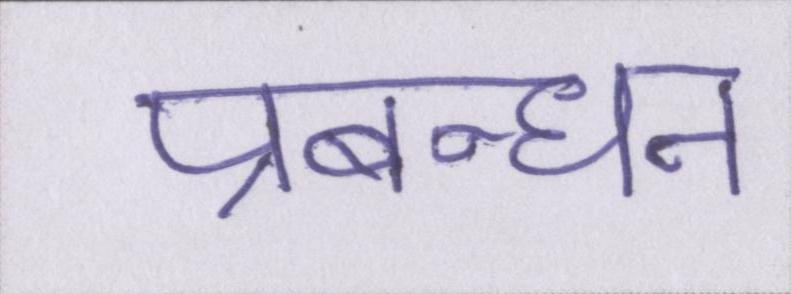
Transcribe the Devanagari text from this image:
प्रबन्धन